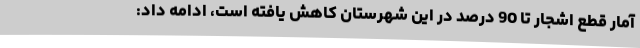
آمار قطع اشجار تا 90 درصد در این شهرستان کاهش یافته است، ادامه داد: